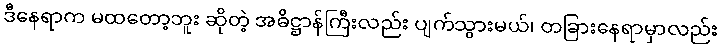
ဒီနေရာက မထတော့ဘူး ဆိုတဲ့ အဓိဋ္ဌာန်ကြီးလည်း ပျက်သွားမယ်၊ တခြားနေရာမှာလည်း